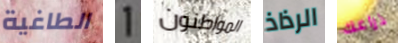
الطاغية 1 المواطنون الرذاذ ذراعك